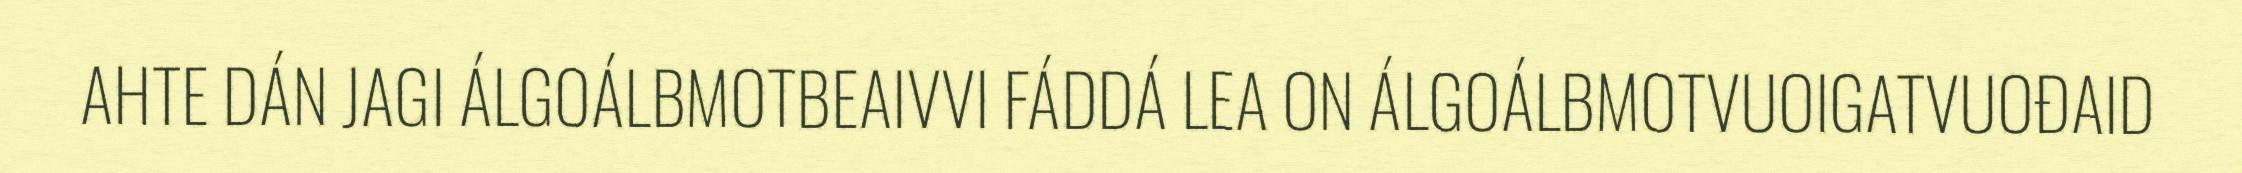
AHTE DÁN JAGI ÁLGOÁLBMOTBEAIVVI FÁDDÁ LEA ON ÁLGOÁLBMOTVUOIGATVUOĐAID